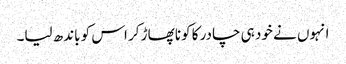
انہوں نے خود ہی چادر کا کونا پھاڑ کر اس کو باندھ لیا۔